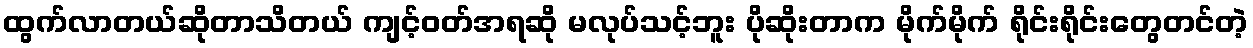
ထွက်လာတယ်ဆိုတာသိတယ် ကျင့်ဝတ်အရဆို မလုပ်သင့်ဘူး ပိုဆိုးတာက မိုက်မိုက် ရိုင်းရိုင်းတွေတင်တဲ့